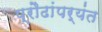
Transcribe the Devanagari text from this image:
प्रौढांपर्यंत